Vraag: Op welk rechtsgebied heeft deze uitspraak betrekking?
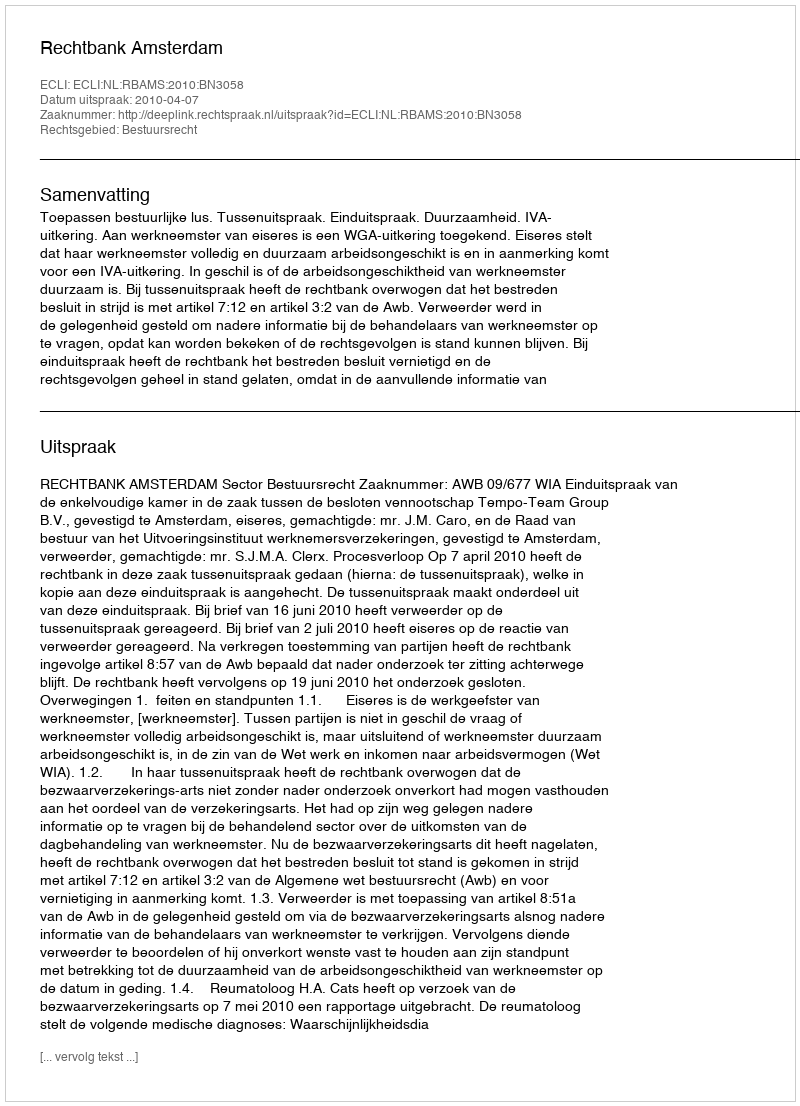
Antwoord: Bestuursrecht